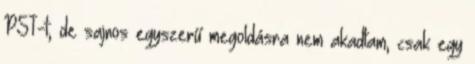
PST-t, de sajnos egyszerű megoldásra nem akadtam, csak egy